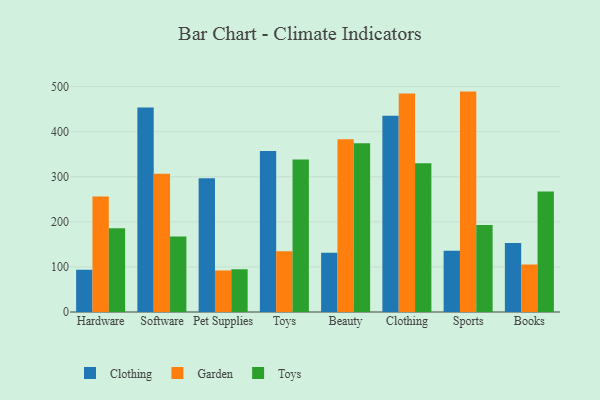
{"axis": {"x": "Category", "y": "Backlog"}, "legend": ["Clothing", "Garden", "Toys"], "data": [{"x": "Hardware", "y": 93.7, "type": "Clothing"}, {"x": "Hardware", "y": 256.2, "type": "Garden"}, {"x": "Hardware", "y": 185.5, "type": "Toys"}, {"x": "Software", "y": 453.4, "type": "Clothing"}, {"x": "Software", "y": 306.6, "type": "Garden"}, {"x": "Software", "y": 167.3, "type": "Toys"}, {"x": "Pet Supplies", "y": 296.7, "type": "Clothing"}, {"x": "Pet Supplies", "y": 92.1, "type": "Garden"}, {"x": "Pet Supplies", "y": 94.8, "type": "Toys"}, {"x": "Toys", "y": 356.9, "type": "Clothing"}, {"x": "Toys", "y": 134.5, "type": "Garden"}, {"x": "Toys", "y": 338.3, "type": "Toys"}, {"x": "Beauty", "y": 131.2, "type": "Clothing"}, {"x": "Beauty", "y": 382.9, "type": "Garden"}, {"x": "Beauty", "y": 374.0, "type": "Toys"}, {"x": "Clothing", "y": 435.3, "type": "Clothing"}, {"x": "Clothing", "y": 484.7, "type": "Garden"}, {"x": "Clothing", "y": 330.1, "type": "Toys"}, {"x": "Sports", "y": 135.9, "type": "Clothing"}, {"x": "Sports", "y": 488.8, "type": "Garden"}, {"x": "Sports", "y": 192.7, "type": "Toys"}, {"x": "Books", "y": 153.2, "type": "Clothing"}, {"x": "Books", "y": 105.3, "type": "Garden"}, {"x": "Books", "y": 267.3, "type": "Toys"}]}